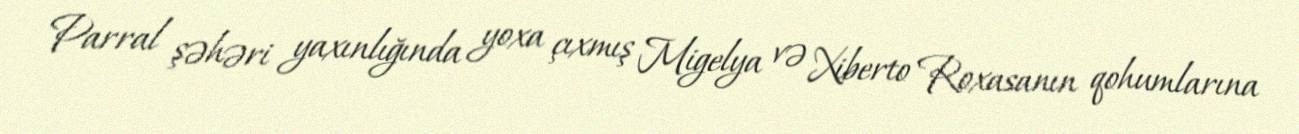
Parral şəhəri yaxınlığında yoxa çıxmış Migelya və Xiberto Roxasanın qohumlarına